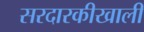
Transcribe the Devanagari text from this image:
सरदारकीखाली